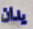
يدان